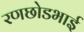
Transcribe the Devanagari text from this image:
रणछोडभाई